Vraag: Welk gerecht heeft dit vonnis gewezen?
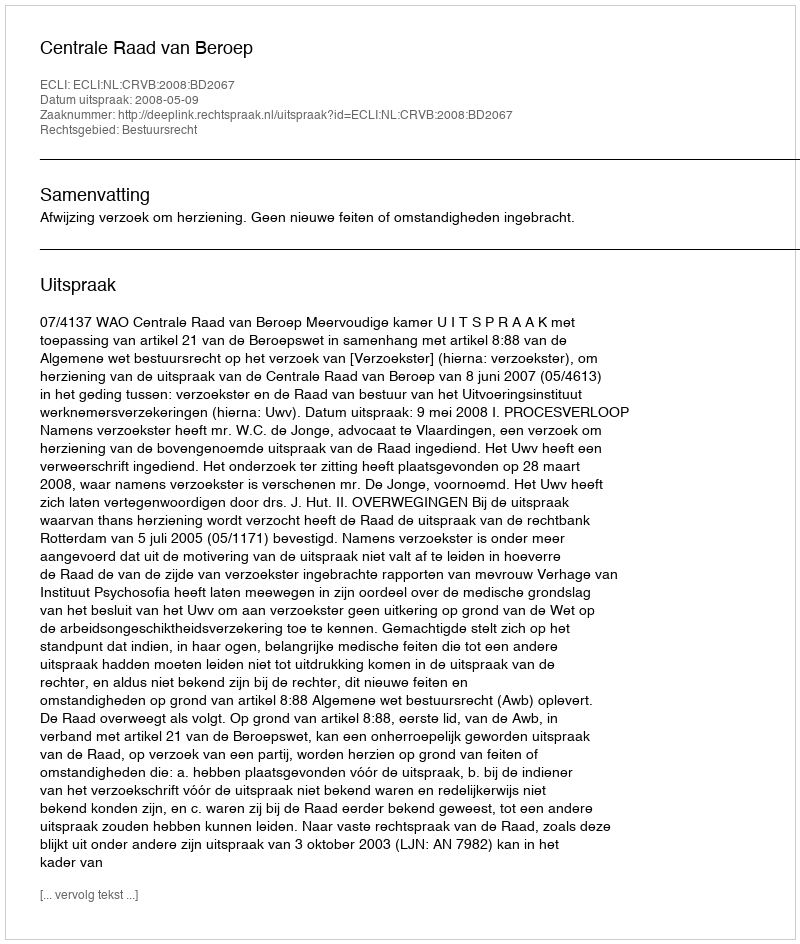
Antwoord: Centrale Raad van Beroep